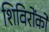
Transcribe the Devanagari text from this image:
शिविरोंको